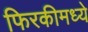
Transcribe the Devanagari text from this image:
फिरकीमध्ये